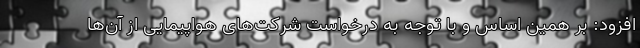
افزود: بر همین اساس و با توجه به درخواست شرکت‌های هواپیمایی از آن‌ها